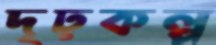
দৃঢ়কল্প